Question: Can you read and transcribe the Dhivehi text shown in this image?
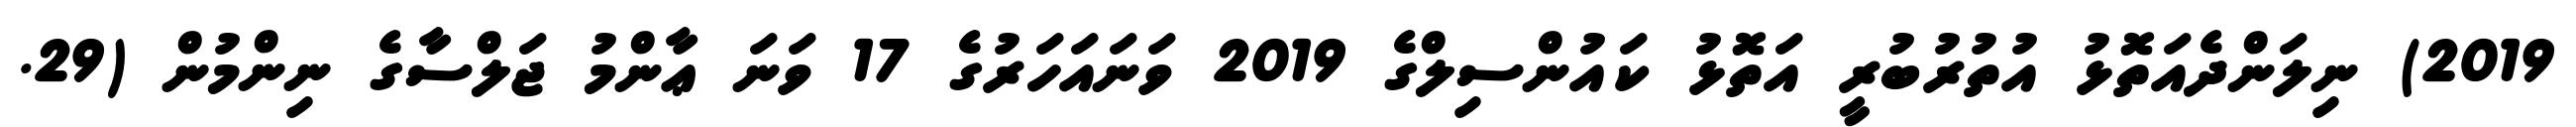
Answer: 2019) ނިލަންދެއަތޮޅު އުތުރުބުރީ އަތޮޅު ކައުންސިލްގެ 2019 ވަނައަހަރުގެ 17 ވަނަ ޢާންމު ޖަލްސާގެ ނިންމުން (29.